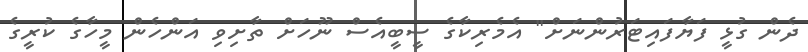
ދެން ގުޅީ ފަޔާފައިޓަރުންނަށް" އެމެރިކާގެ ސީބީއެސް ނޫހަށް ތާށިވި އަންހެން މީހާގެ ކުރީގެ